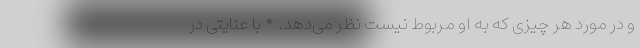
و در مورد هر چیزی که به او مربوط نیست نظر می‌دهد. * با عنایتی در